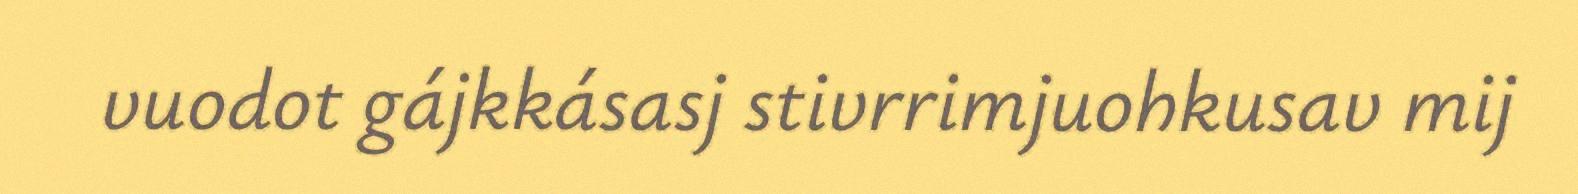
vuodot gájkkásasj stivrrimjuohkusav mij